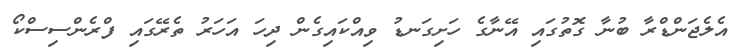
އެލެޖަންޑްރާ ބުނާ ގޮތުގައި އޭނާގެ ހަށިގަނޑު ވިއްކައިގެން ދިހަ އަހަރު ތެރޭގައި ފްރެންސިސްކޯ